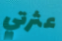
عثرتي